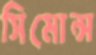
সিমোন্স